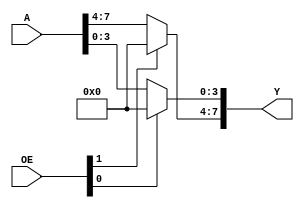
// This program was cloned from: https://github.com/pcornier/FM-7_MiSTer
// License: GNU General Public License v2.0



module x74244(

  input [7:0] A,
  input [1:0] OE,
  output [7:0] Y

);

assign Y = {
  OE[1] ? 4'd0 : A[7:4],
  OE[0] ? 4'd0 : A[3:0]
};

endmodule